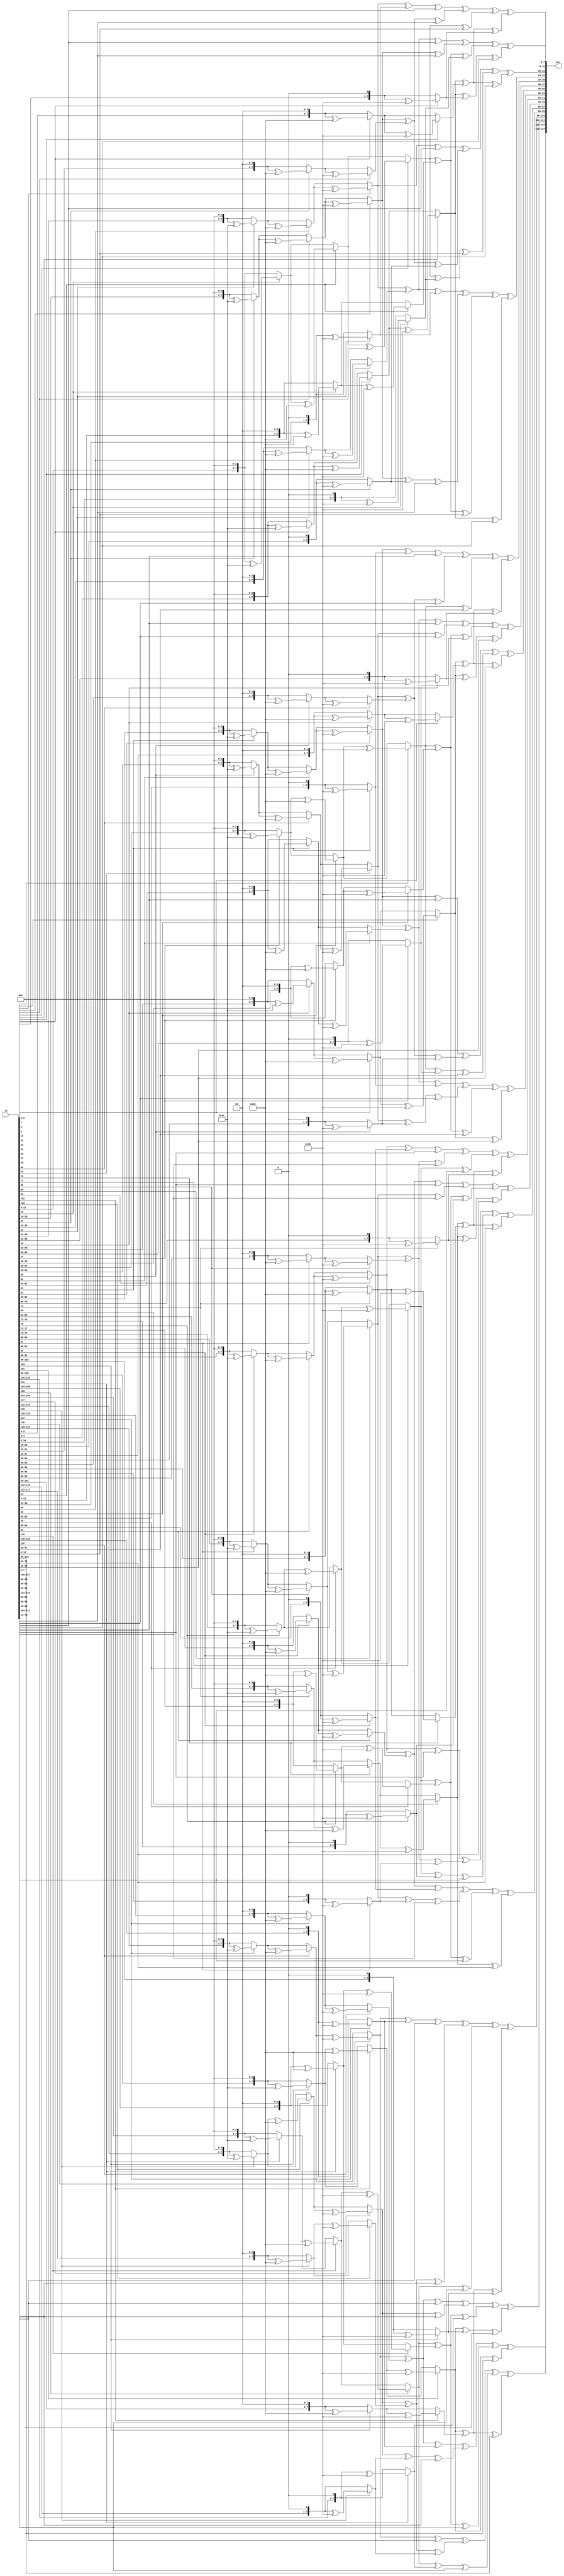
module inv_mix_columns(
input [127:0]in,
output [127:0]out
);



assign out[127:120] = mul14(in[127:120])^mul11(in[119:112])^mul13(in[111:104])^mul9(in[103:96]);
assign out[95:88] =  mul14(in[95:88])^mul11(in[87:80])^mul13(in[79:72])^mul9(in[71:64]);
assign out[63:56] =  mul14(in[63:56])^mul11(in[55:48])^mul13(in[47:40])^mul9(in[39:32]);
assign out[31:24] =  mul14(in[31:24])^mul11(in[23:16])^mul13(in[15:8])^mul9(in[7:0]);

assign out[119:112] = mul9(in[127:120])^mul14(in[119:112])^mul11(in[111:104])^mul13(in[103:96]);
assign out[87:80] = mul9(in[95:88])^mul14(in[87:80])^mul11(in[79:72])^mul13(in[71:64]);
assign out[55:48] = mul9(in[63:56])^mul14(in[55:48])^mul11(in[47:40])^mul13(in[39:32]);
assign out[23:16] = mul9(in[31:24])^mul14(in[23:16])^mul11(in[15:8])^mul13(in[7:0]);

assign out[111:104] = mul13(in[127:120])^mul9(in[119:112])^mul14(in[111:104])^mul11(in[103:96]);
assign out[79:72] = mul13(in[95:88])^mul9(in[87:80])^mul14(in[79:72])^mul11(in[71:64]);
assign out[47:40] = mul13(in[63:56])^mul9(in[55:48])^mul14(in[47:40])^mul11(in[39:32]);
assign out[15:8] =mul13(in[31:24])^mul9(in[23:16])^mul14(in[15:8])^mul11(in[7:0]);

assign out[103:96] = mul11(in[127:120])^mul13(in[119:112])^mul9(in[111:104])^mul14(in[103:96]);
assign out[71:64] = mul11(in[95:88])^mul13(in[87:80])^mul9(in[79:72])^mul14(in[71:64]);
assign out[39:32] = mul11(in[63:56])^mul13(in[55:48])^mul9(in[47:40])^mul14(in[39:32]);
assign out[7:0] = mul11(in[31:24])^mul13(in[23:16])^mul9(in[15:8])^mul14(in[7:0]);


function [7:0]mul2;
input [7:0]i;
begin
if(i[7]==0)
mul2 = {i[6:0],1'b0};
else
mul2 = {i[6:0],1'b0}^8'h1b;
end
endfunction


function [7:0]mul4;
input [7:0]i;
reg var1;
reg [7:0] var2;
begin
var1=i[6];
if(i[7]==0)
var2 = {i[5:0],2'b00};
else
var2 = {i[5:0],2'b00}^8'h36;
if(var1==1)
mul4=var2^8'h1b;
else
mul4=var2;
end
endfunction


function [7:0]mul8;
input [7:0]i;
reg var1,var2;
reg [7:0] var3;
begin
var1=i[6];
var2=i[5];

if(i[7]==0)
var3 = {i[4:0],3'b000};
else
var3 = {i[4:0],3'b000}^8'h6c;

if(var1==1)
var3=var3^8'h36;
else
var3=var3;

if(var2==1)
mul8=var3^8'h1b;
else
mul8=var3;

end
endfunction

function [7:0]mul9;
input [7:0]j;
reg [7:0] var1;
begin
var1=mul8(j);
var1=var1^j[7:0];
mul9=var1;
end
endfunction

function [7:0]mul11;
input [7:0]j;
reg [7:0] var1,var2,var3;
begin
var1=mul8(j);
var2=mul2(j);
var3=var1^var2^j[7:0];
mul11=var3;
end
endfunction

function [7:0]mul13;
input [7:0]j;
reg [7:0] var1,var2,var3;
begin
var1=mul8(j);
var2=mul4(j);
var3=var1^var2^j[7:0];
mul13=var3;
end
endfunction



function [7:0]mul14;
input [7:0]j;
reg [7:0] var1,var2,var3,var4;
begin
var1=mul8(j);
var2=mul4(j);
var3=mul2(j);
var4=var1^var2^var3;
mul14=var4;
end
endfunction







endmodule